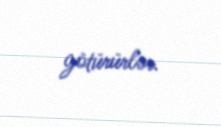
götürürlər.